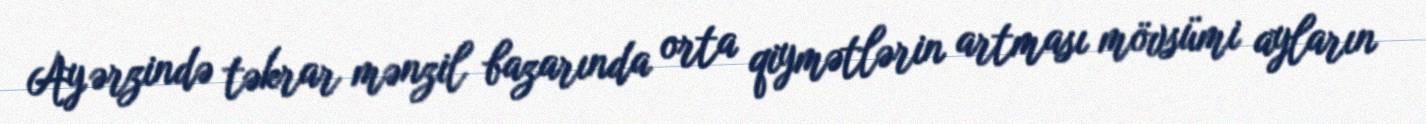
Ay ərzində təkrar mənzil bazarında orta qiymətlərin artması mövsümi ayların